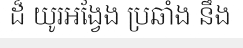
ដ៏ យូរអង្វែង ប្រឆាំង នឹង